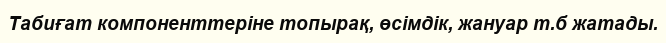
Табиғат компоненттеріне топырақ, өсімдік, жануар т.б жатады.